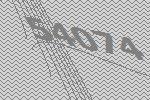
54074